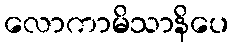
လောကာမိသာနိပေ